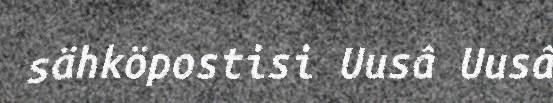
sähköpostisi Uusâ Uusâ